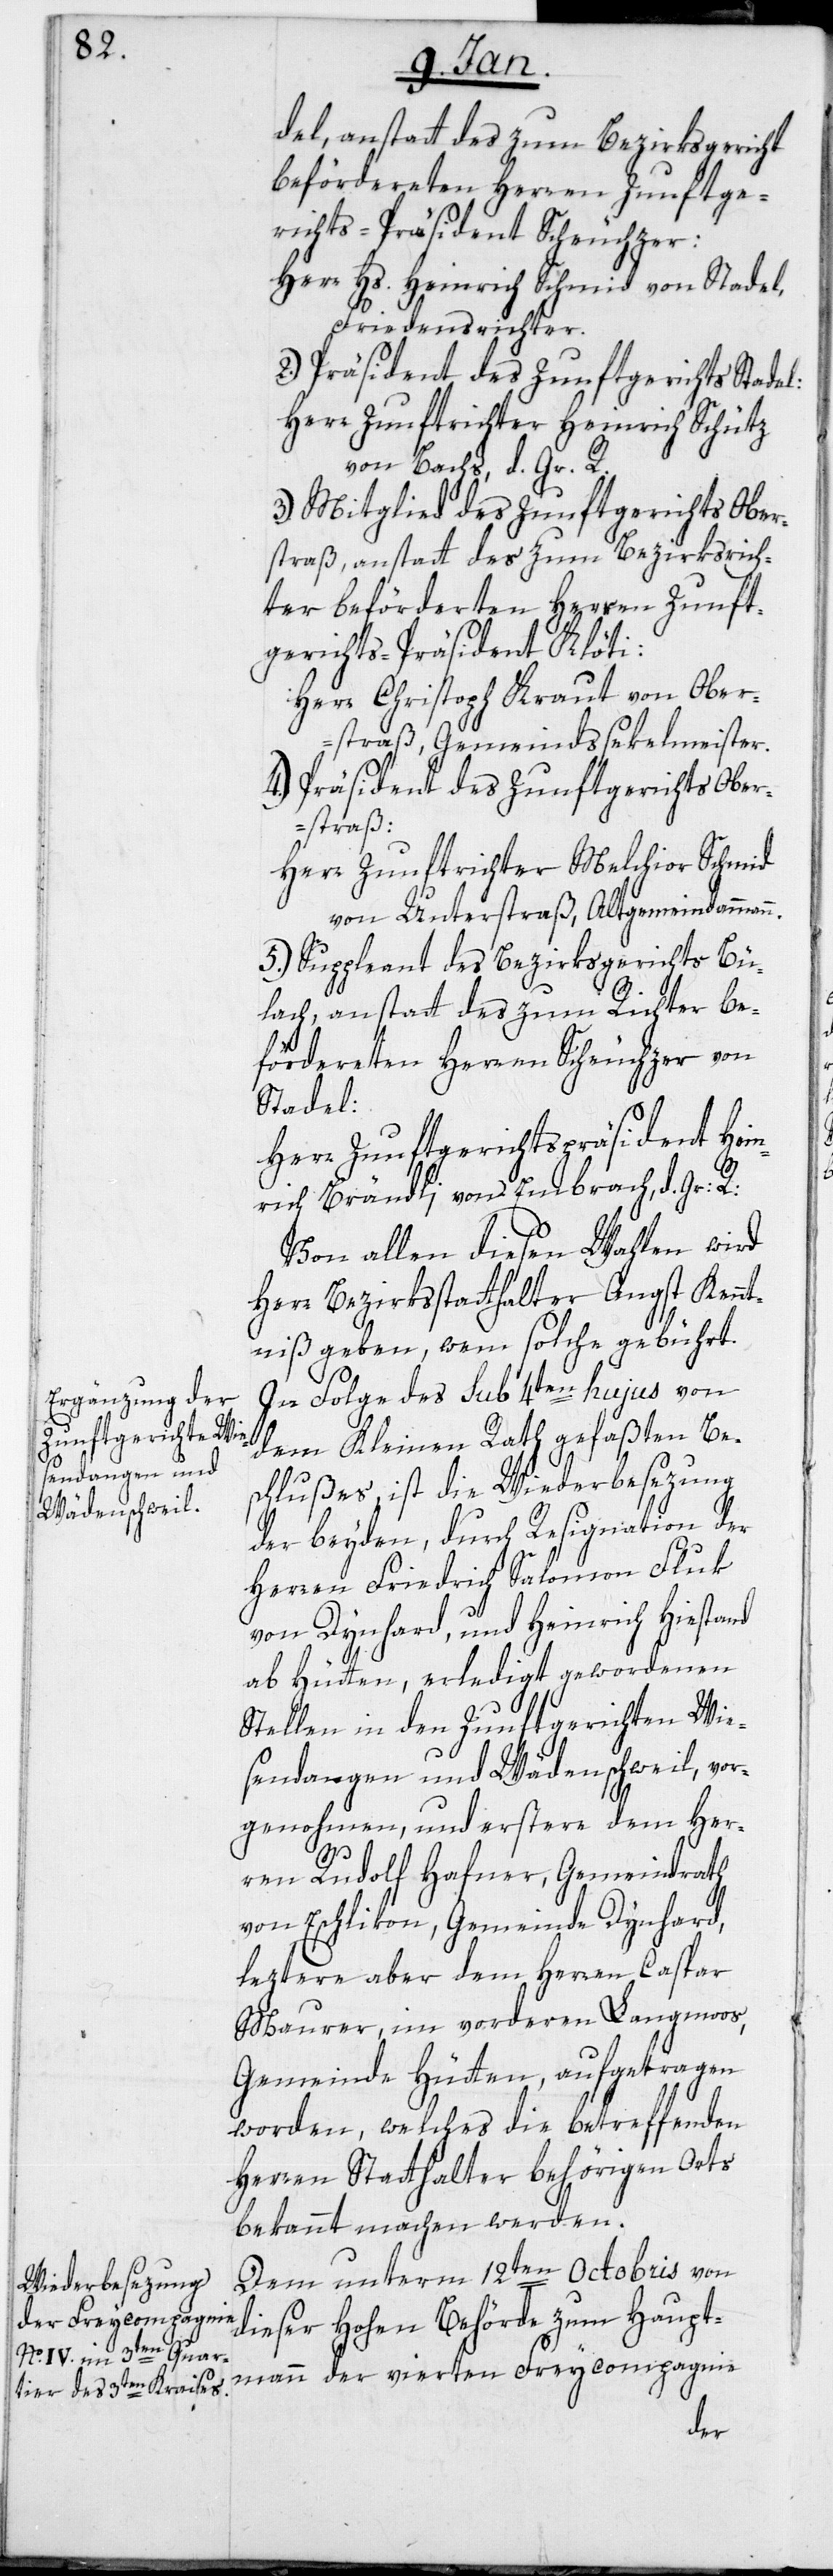
del, anstatt des zum Bezirksgericht
beförderten Herren Zunftge¬
richts-Präsident Scheuchzer:
Herr Hs. Heinrich Schmid von Stadel,
Friedensrichter.
2. Präsident des Zunftgerichts Stadel:
Herr Zunftrichter Heinrich Schütz
von Bachs, d. Gr. R.
3. Mitglied des Zunftgerichts Ober¬
straß, anstatt des zum Bezirksrich¬
ter beförderten Herren Zunft¬
gerichts-Präsident Klöti:
Herr Christoph Kraut von Ober¬
straß, Gemeindssekelmeister.
4. Präsident des Zunftgerichts Ober¬
straß:
Herr Zunftrichter Melchior Schmid
von Unterstraß, Altgemeindammann.
5. Suppleant des Bezirksgericht Bü¬
lach, anstatt des zum Richter be¬
förderten Herren Scheuchzer von
Stadel:
Herr Zunftgerichtspräsident Hein¬
rich Brändli von Embrach, d. Gr: R:
Von allen diesen Wahlen wird
Herr Bezirksstatthalter Angst Kennt¬
niß geben, wem solche gebührt.
In Folge des sub 4ten hujus von
dem Kleinen Rath gefaßten Bes¬
chlußes, ist die Wiederbesezung
der beyden, durch Resignation der
Herren Friedrich Salomon Fluk
von Dynhard, und Heinrich Hiestand
ab Hütten, erledigt gewordenen
Stellen in den Zunftgerichten Wie¬
sendangen und Wädenschweil, vor¬
genohmen und erstere dem Her¬
ren Rudolf Hafner, Gemeindrath
von Eschlikon, Gemeinde Dynhard,
letztere aber dem Herren Caspar
Maurer im vorderen Langmoos,
Gemeinde Hütten, aufgetragen
worden, welches die betreffenden
Herren Statthalter behörigen Orts
bekannt machen werden.
Dem unterm 12ten Octobris von
dieser hohen Behörde zum Haupt¬
mann der vierten Freycompagnie